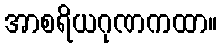
အာစရိယဂုဏကထာ။